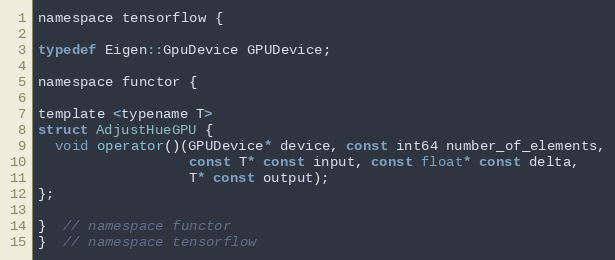
Language: C
namespace tensorflow {

typedef Eigen::GpuDevice GPUDevice;

namespace functor {

template <typename T>
struct AdjustHueGPU {
  void operator()(GPUDevice* device, const int64 number_of_elements,
                  const T* const input, const float* const delta,
                  T* const output);
};

}  // namespace functor
}  // namespace tensorflow